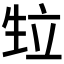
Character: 𭺴